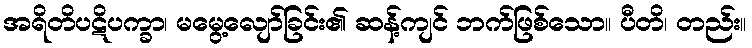
အရိတိပဋိပက္ခာ၊ မမွေ့လျော်ခြင်း၏ ဆန့်ကျင် ဘက်ဖြစ်သော။ ပီတိ၊ တည်း။